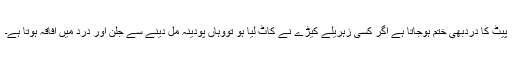
پیٹ کا دردبھی ختم ہوجاتا ہے اگر کسی زہریلے کیڑے نے کاٹ لیا ہو تووہاں پودینہ مل دینے سے جلن اور درد میں افاقہ ہوتا ہے۔